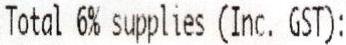
TOTAL 6% SUPPLIES (INC. GST):